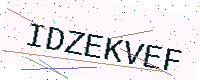
Text: IDZEKVEF